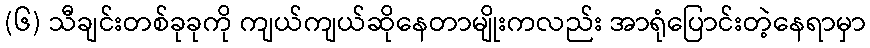
(၆) သီချင်းတစ်ခုခုကို ကျယ်ကျယ်ဆိုနေတာမျိုးကလည်း အာရုံပြောင်းတဲ့နေရာမှာ